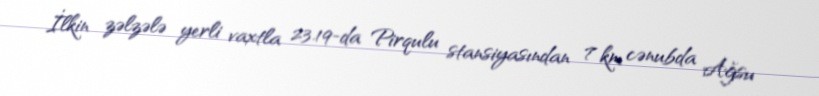
İlkin zəlzələ yerli vaxtla 23.19-da Pirqulu stansiyasından 7 km cənubda Ağsu